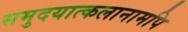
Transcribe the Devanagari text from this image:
समुदयात्कलानामपि